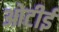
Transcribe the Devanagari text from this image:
ओटीई